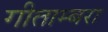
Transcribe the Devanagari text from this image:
गीताम्बरा